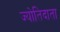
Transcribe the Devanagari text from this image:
ज्योतिदाता